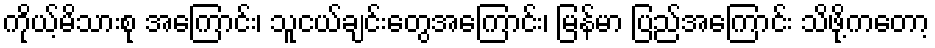
ကိုယ့်မိသားစု အကြောင်း၊ သူငယ်ချင်းတွေအကြောင်း၊ မြန်မာ ပြည်အကြောင်း သိဖို့ကတော့